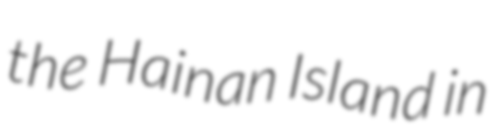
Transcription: the Hainan Island in